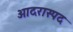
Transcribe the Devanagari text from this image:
आदरास्पद